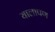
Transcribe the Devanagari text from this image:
यालापण